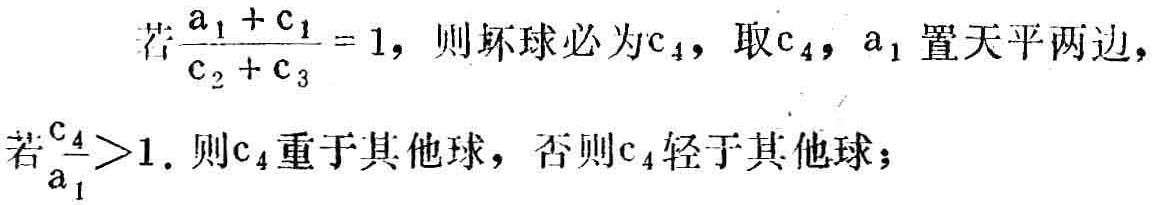
若\(\frac{a_{1} + c_{1}}{c_{2} + c_{3}} = 1\)，则坏球必为\(c_{4}\)，取\(c_{4}\)，\(a_{1}\)置天平两边，
若\(\frac{c_{4}}{a_{1}}>1\). 则\(c_{4}\)重于其他球，否则\(c_{4}\)轻于其他球；